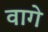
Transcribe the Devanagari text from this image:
वागे